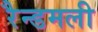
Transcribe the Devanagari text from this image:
रैन्डमली